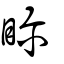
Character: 眕